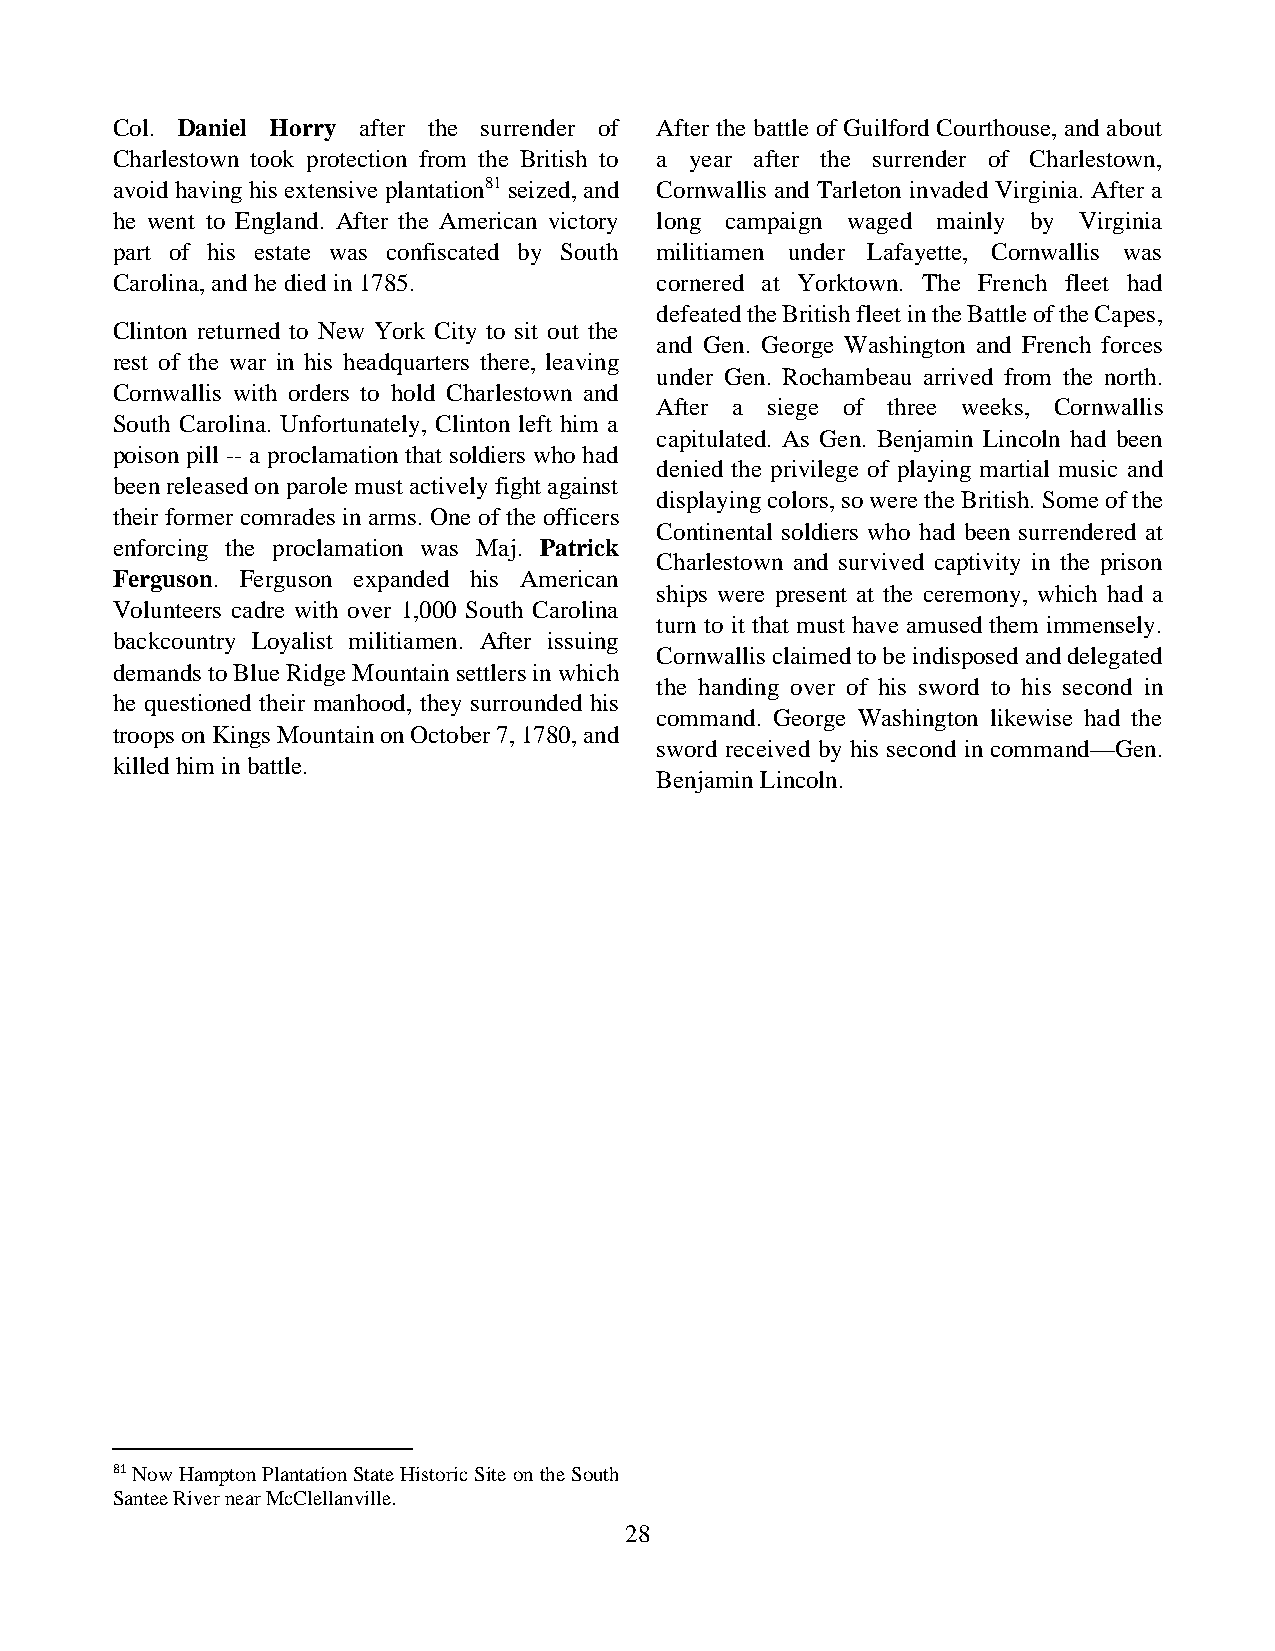
Col. Daniel Horry after the surrender of After the battle of Guilford Courthouse, and about
 Charlestown took protection from the British to a year after the surrender of Charlestown,
 avoid having his extensive plantation81 seized, and Cornwallis and Tarleton invaded Virginia. After a
 he went to England. After the American victory long campaign waged mainly by Virginia
 part of his estate was confiscated by South militiamen under Lafayette, Cornwallis was
 Carolina, and he died in 1785.      cornered at Yorktown. The French fleet had
 defeated the British fleet in the Battle of the Capes,
 Clinton returned to New York City to sit out the
 and Gen. George Washington and French forces
 rest of the war in his headquarters there, leaving
 under Gen. Rochambeau arrived from the north.
 Cornwallis with orders to hold Charlestown and
 After a siege of three weeks, Cornwallis
 South Carolina. Unfortunately, Clinton left him a
 capitulated. As Gen. Benjamin Lincoln had been
 poison pill -- a proclamation that soldiers who had
 denied the privilege of playing martial music and
 been released on parole must actively fight against
 displaying colors, so were the British. Some of the
 their former comrades in arms. One of the officers
 Continental soldiers who had been surrendered at
 enforcing the proclamation was Maj. Patrick
 Charlestown and survived captivity in the prison
 Ferguson. Ferguson expanded his American
 ships were present at the ceremony, which had a
 Volunteers cadre with over 1,000 South Carolina
 turn to it that must have amused them immensely.
 backcountry Loyalist militiamen. After issuing
 Cornwallis claimed to be indisposed and delegated
 demands to Blue Ridge Mountain settlers in which
 the handing over of his sword to his second in
 he questioned their manhood, they surrounded his
 command. George Washington likewise had the
 troops on Kings Mountain on October 7, 1780, and
 sword received by his second in command—Gen.
 killed him in battle.
 Benjamin Lincoln.
 81 Now Hampton Plantation State Historic Site on the South
 Santee River near McClellanville.
 28